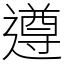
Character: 遵